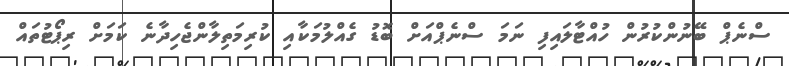
ސްނެޕް ބޭނުންކުރުން ހުއްޓާލައިފި ނަމަ ސްނެޕްއަށް ބޮޑު ގެއްލުމަކާއި ކުރިމަތިލާންޖެހިދާނެ ކަމަށް ރިޕޯޓުތައް